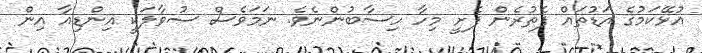
އުޅޭކަމުގެ އަޑުތައް ފެތުރެން ފެށީ މިހާ ހިސާބުންނެވެ. ނަމަވެސް ސުވާލަކީ އިންޑިއާ އިން